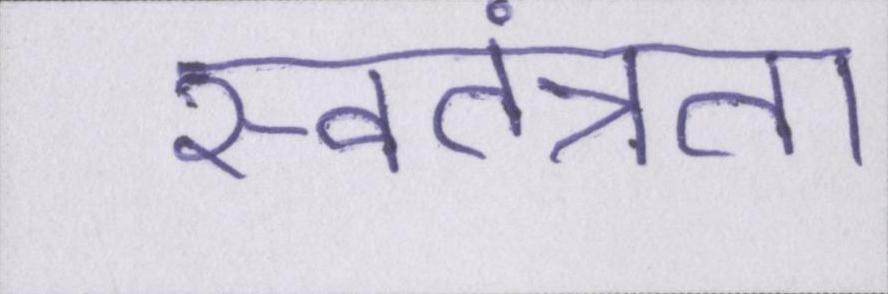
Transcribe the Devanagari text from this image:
स्वतंत्रता